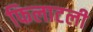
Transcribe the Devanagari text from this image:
फिलाटली